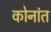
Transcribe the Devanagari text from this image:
कोनांत